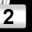
Digit: 2